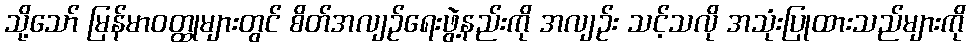
သို့သော် မြန်မာဝတ္ထုများတွင် စိတ်အလျဉ်ရေးဖွဲ့နည်းကို အလျဉ်း သင့်သလို အသုံးပြုထားသည်များကို